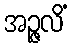
အဉ္ဇလိံ